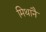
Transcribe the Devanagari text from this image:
मिथानै